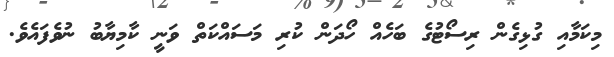
މިކަމާއި ގުޅިގެން ރިސޯޓުގެ ބަހެއް ހޯދަން ކުރި މަސައްކަތް ވަނީ ކާމިޔާބު ނުވެފައެވެ.